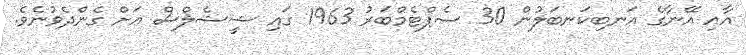
އާއި އޭނާގެ އަނބިކަނބަލުން 30 ސެޕްޓެމްބަރު 1963 ގައި ޝީޝެލްސް އަށް ގެންދެވުނެވެ.